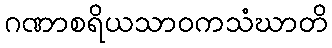
ဂဏာစရိယသာဝကသံဃာတိ